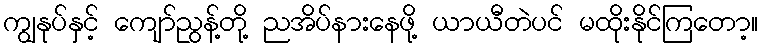
ကျွနုပ်နှင့် ကျော်ညွန့်တို့ ညအိပ်နားနေဖို့ ယာယီတဲပင် မထိုးနိုင်ကြတော့။